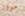
موور